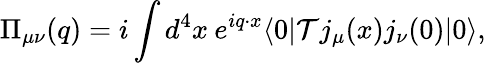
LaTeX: \Pi_{\mu\nu}(q)=i\int d^{4}x\: e^{iq\cdot x}\langle 0|{\cal T}j_{\mu}(x)j_{\nu}(0)|0\rangle,